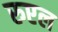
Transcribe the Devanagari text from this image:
रुएल